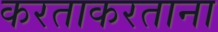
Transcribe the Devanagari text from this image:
करताकरताना